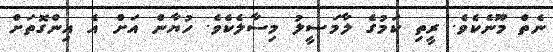
ނެތް މޫނެކެވެ. ރީތި ކަމުގެ ލާމަސީލު މިސާލެކެވެ. ހުޔާން އަށް އެ އިންގޮތަށް